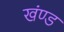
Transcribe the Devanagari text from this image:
खंण्ड